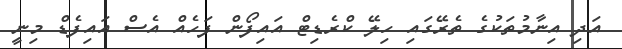
އަދި އިނާމުތަކުގެ ތެރޭގައި ހިލޭ ކްރެޑިޓް އައިފޯން ފަހެއް އެސް އައިފެޑް މިނީ